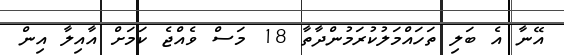
އޭނާ އެ ބަލި ތަހައްމަލުކުރަމުންދާތާ 18 މަސް ވެއްޖެ ކަމަށް އާއިލާ އިން